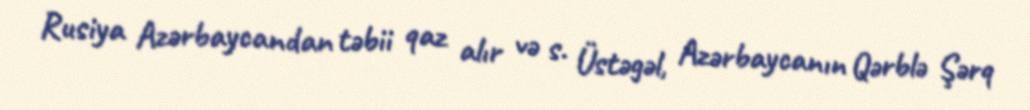
Rusiya Azərbaycandan təbii qaz alır və s. Üstəgəl, Azərbaycanın Qərblə Şərq